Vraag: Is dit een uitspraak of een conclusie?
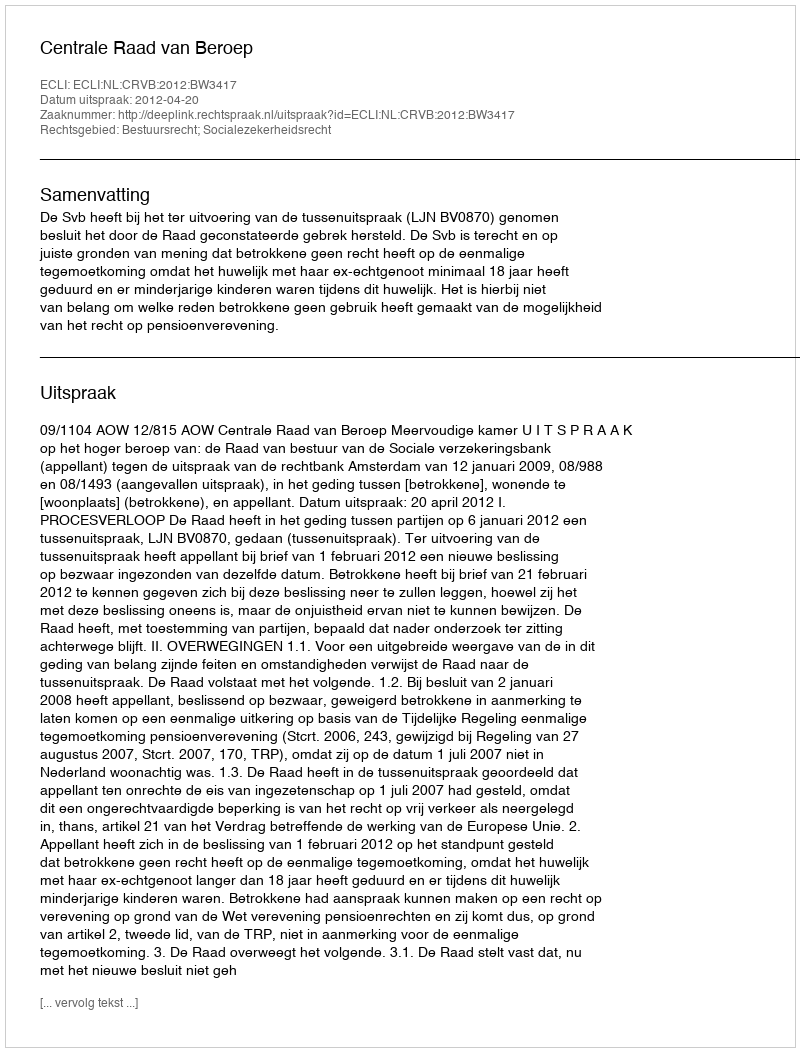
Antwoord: Uitspraak